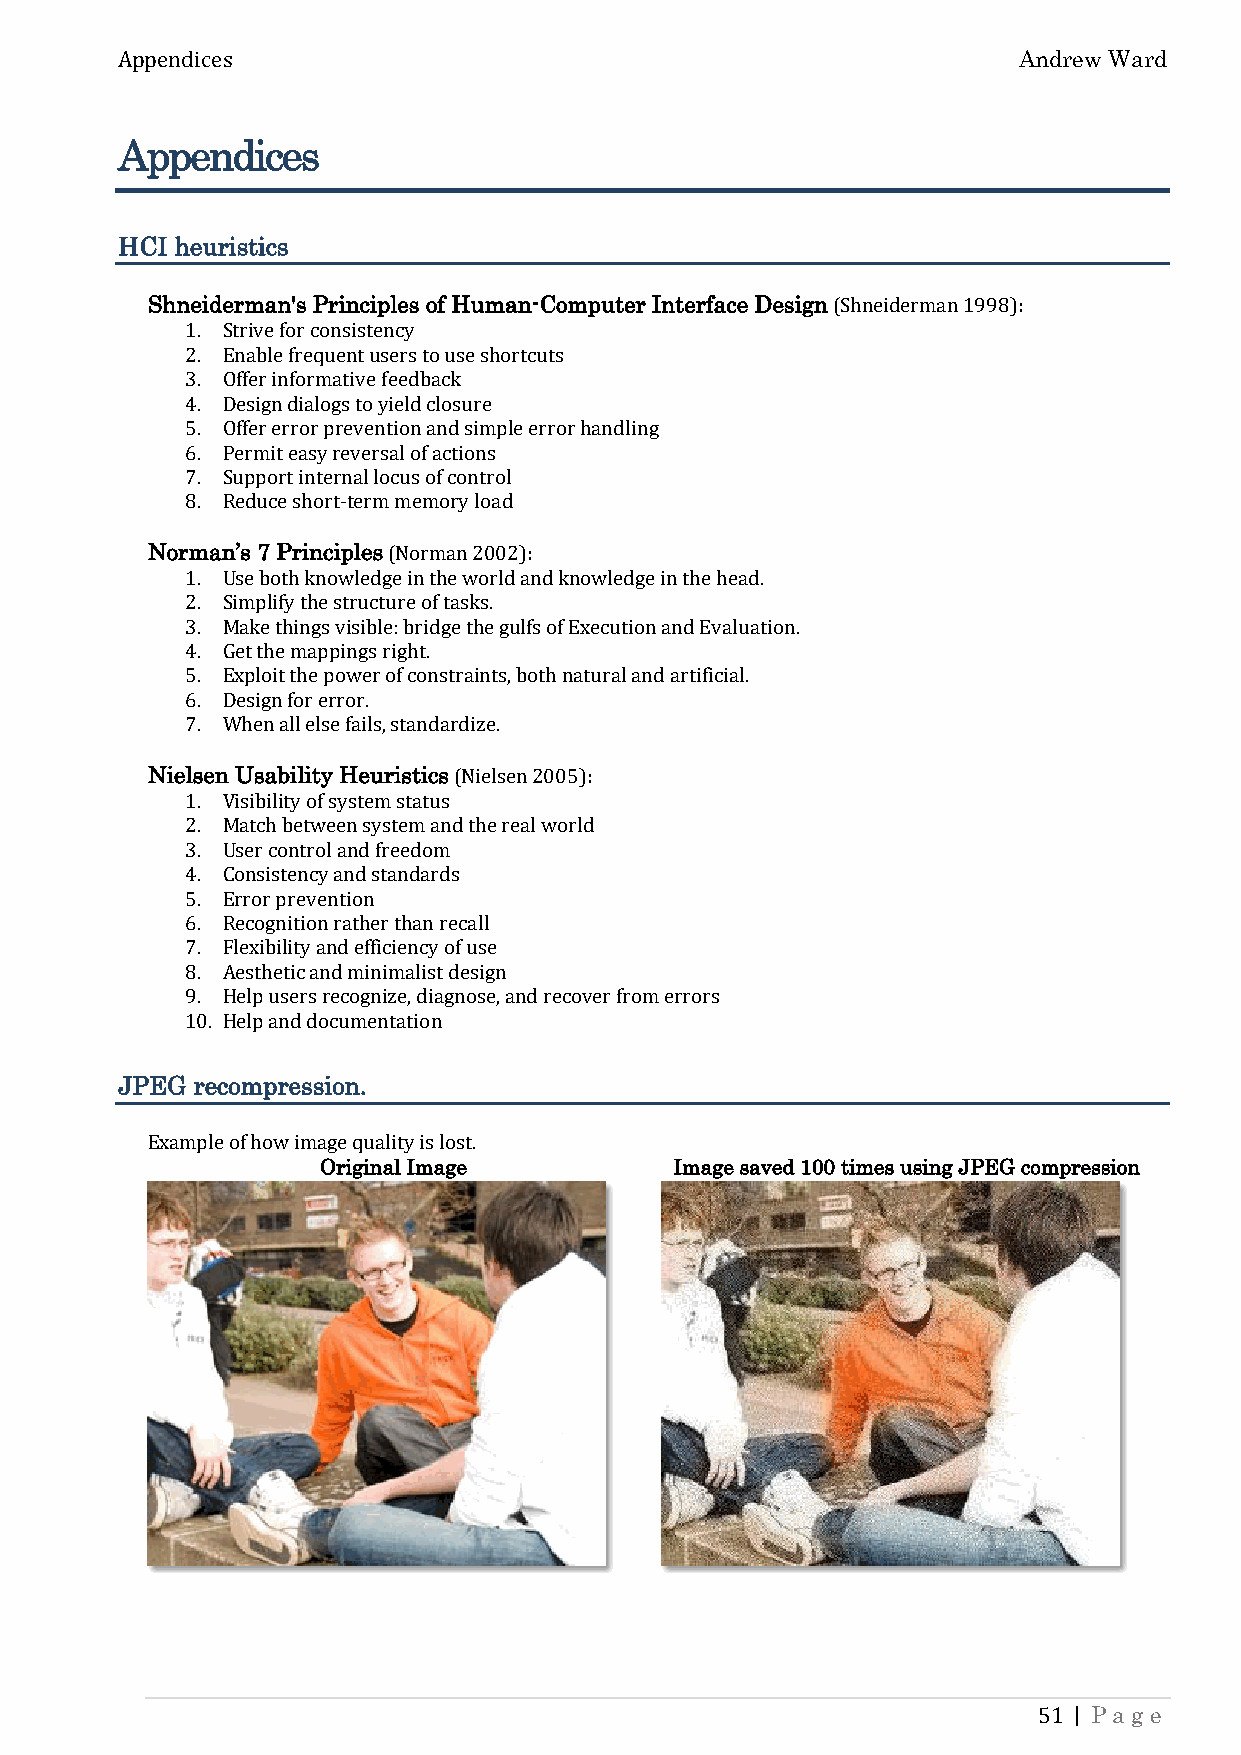
Andrew Ward
 Appendices
 Appendices
 HCI heuristics
 Shneiderman's Principles of Human-Computer Interface Design :
 (Shneiderman 1998)
 1. Strive for consistency
 2. Enable frequent users to use shortcuts
 3. Offer informative feedback
 4. Design dialogs to yield closure
 5. Offer error prevention and simple error handling
 6. Permit easy reversal of actions
 7. Support internal locus of control
 Nor8m. anR’esd u7c Pe rshinocrti-ptleersm memory load
 :
 (Norman 2002)
 1. Use both knowledge in the world and knowledge in the head.
 2. Simplify the structure of tasks.
 3. Make things visible: bridge the gulfs of Execution and Evaluation.
 4. Get the mappings right.
 5. Exploit the power of constraints, both natural and artificial.
 6. Design for error.
 Nie7ls.enW Uhesna balill ietlyse H faeilus,r sitsatnicdsa rdize. :
 (Nielsen 2005)
 1. Visibility of system status
 2. Match between system and the real world
 3. User control and freedom
 4. Consistency and standards
 5. Error prevention
 6. Recognition rather than recall
 7. Flexibility and efficiency of use
 8. Aesthetic and minimalist design
 9. Help users recognize, diagnose, and recover from errors
 10. Help and documentation
 JPEG recompression.
 Original Image          Image saved 100 times using JPEG compression
 Example of how image quality is lost.
 | Page
 51